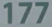
177